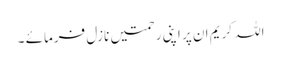
اللہ کریم ان پر اپنی رحمتیں نازل فرمائے ۔